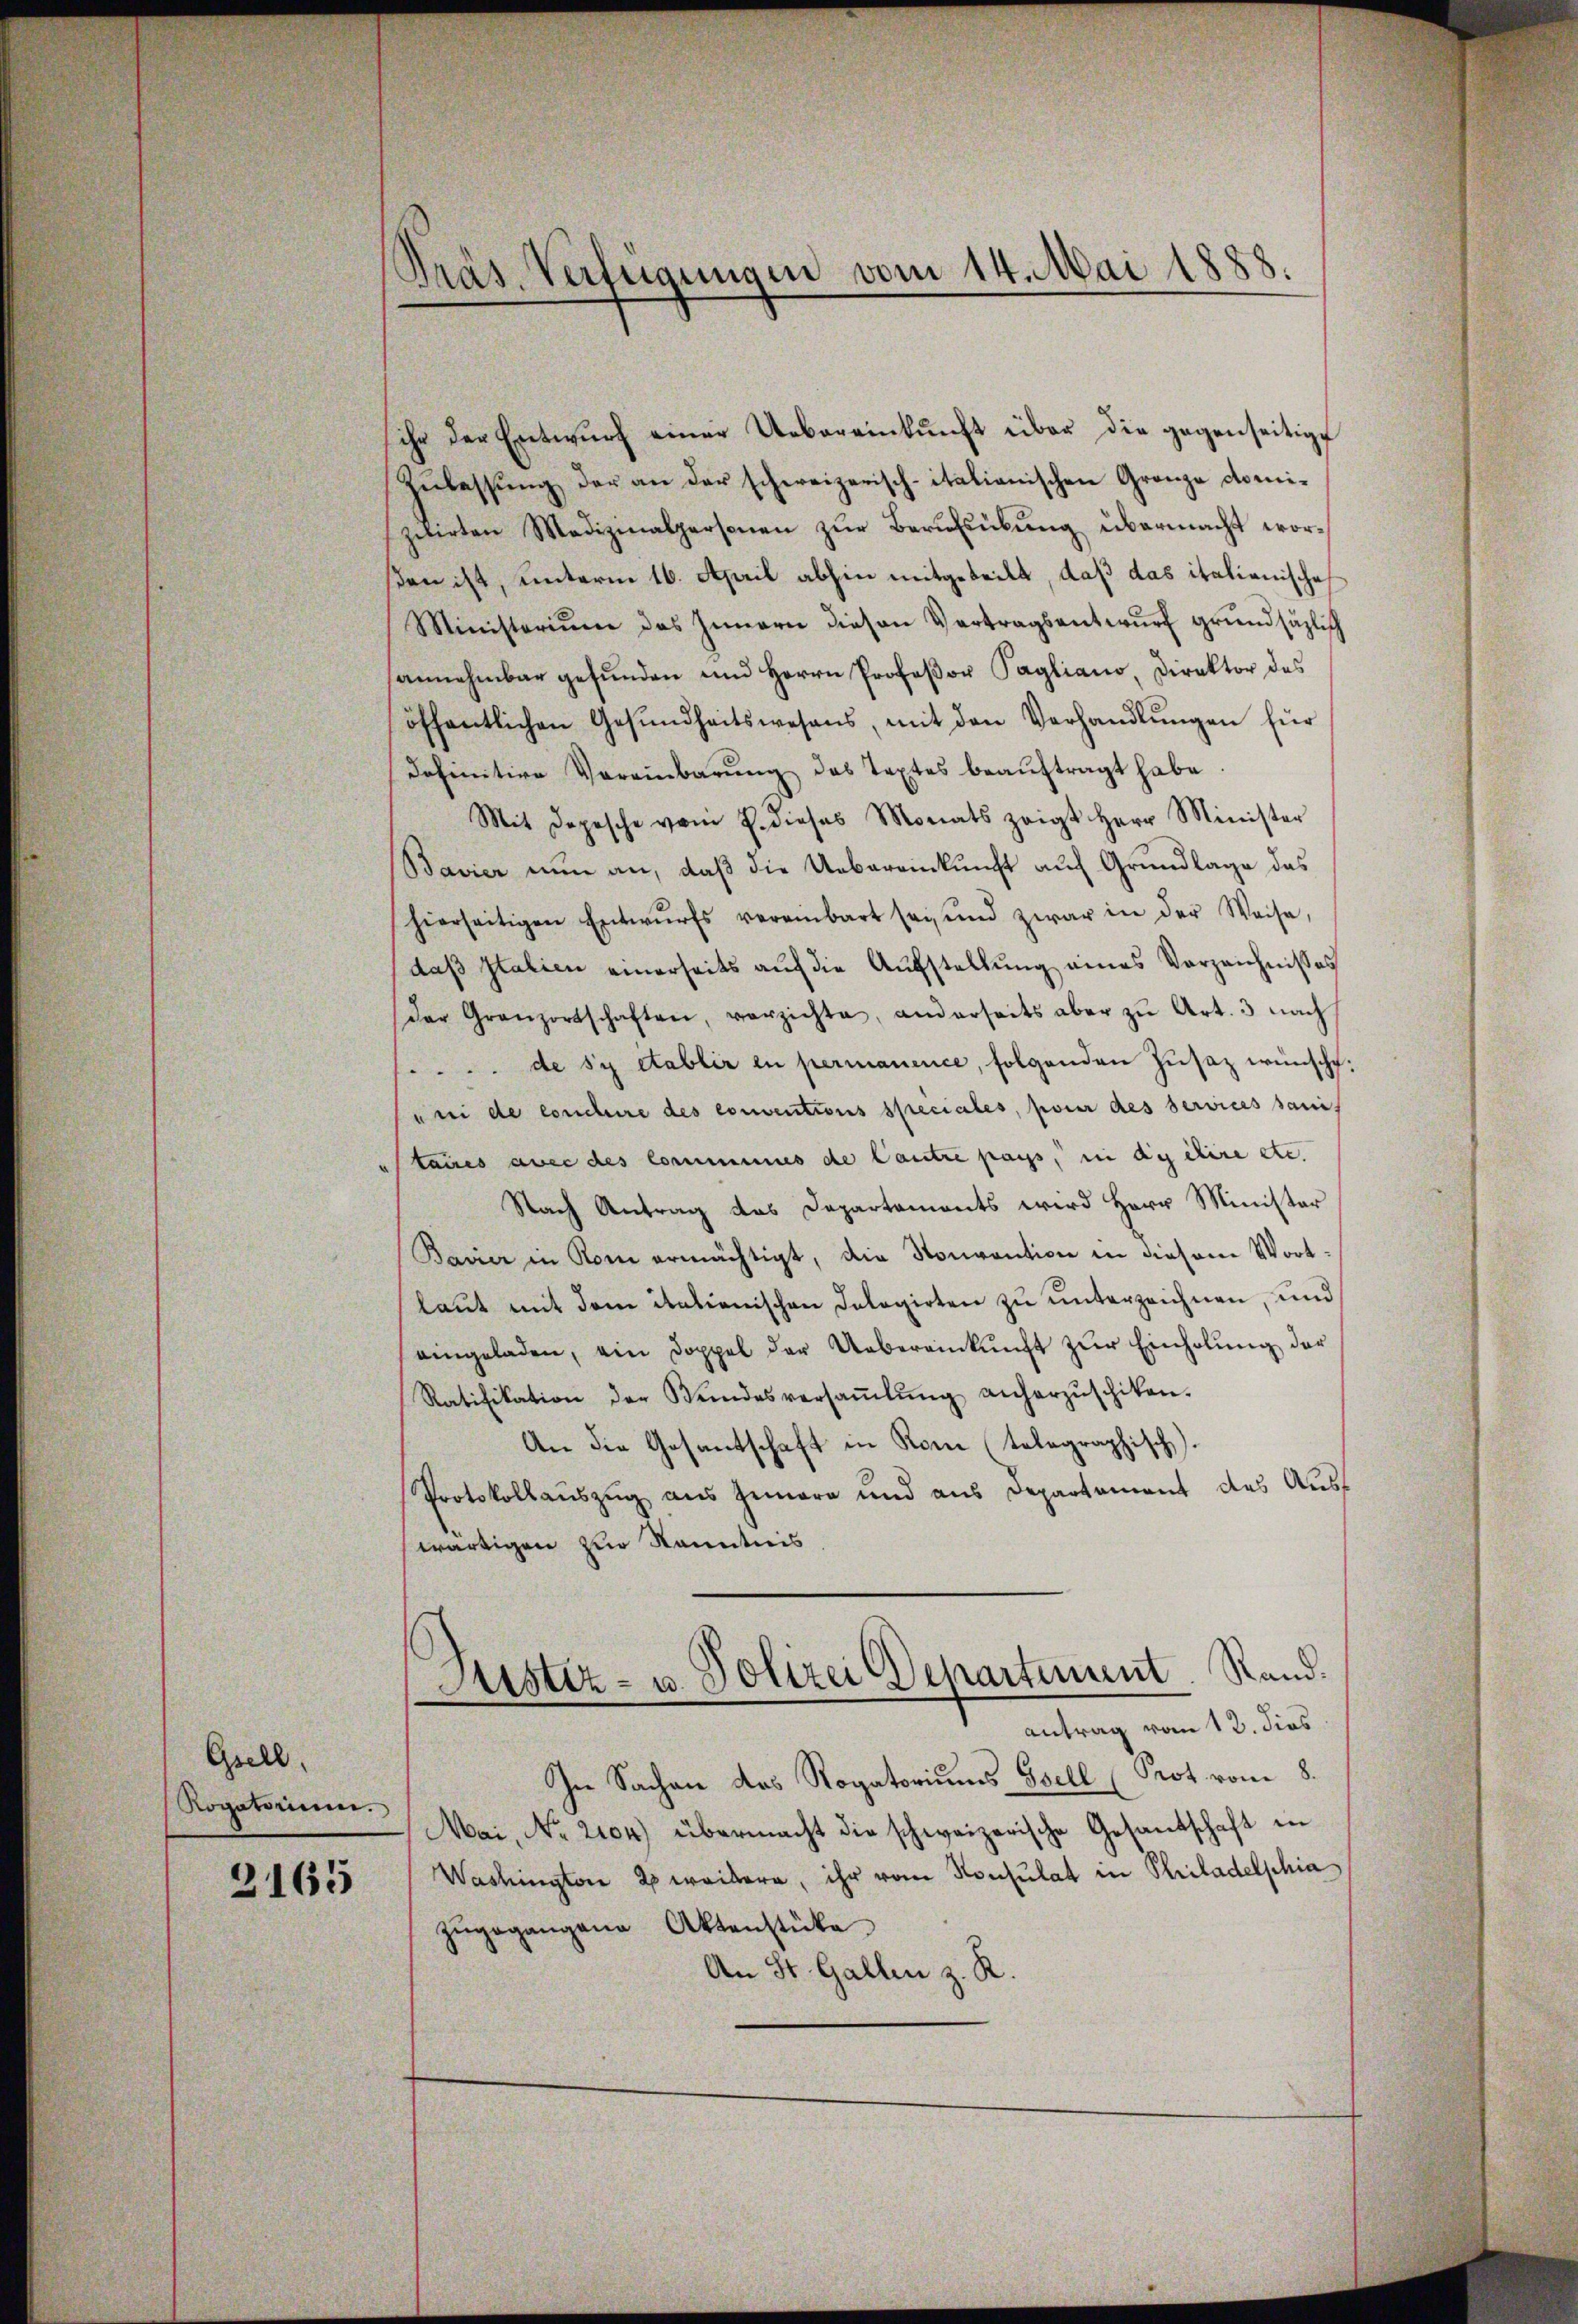
Grell.
Rogatorium.

2165

Präs. Verfügungen vom 14. Mai 1888.

ihr der Entwurf einer Uebereinkunft über die gegenseitigt
Zŭlassŭng der an der schweizerisch-italianischen Granza comi-
ziirten Medizinalpersonen zur Berufsübung übermacht worßen ist, unterm 16. April abhin mitgeteilt, daß das italienische
Ministerium das Innern diesen Vertragsentwŭrf grundsätzlich
sannehmbar gefŭnden und Herrn Professor Pagliano, Direktor des
öffentlichen Gesŭndheitswesens, mit den Verhandlŭngen für
definitive Vereinbarŭng des Textes beaŭftragt habe.
Mit Depesche vom 7. dieses Monats zeigt Herr Minister
Bavier nun an, daß die Uebereinkunft auf Grundlage das
hierseitigen Entwŭrfs vereinbart sei, und zwar in der Weise,
daβ Italien einerseits aŭf die Aŭfstellŭng eines Verzeichnisses
der Granzortschaften, verzichte, anderseits aber zŭ Art. 3 nach
de sy etablir in permanence, folgenden Zusaz wünscht.
uni de conclure des conventions speciales, pour des Services sanis
taues avec des Commines de Cautre pass, in die etire etc.
Nach Antrag das Departements wird Herr Minister
Bavier in Rom ermächtigt, die Konvention in diesem Wortlaŭt mit dem itationischen Delegirten zu unterzeichnen, und
eingeladen, ein Doppel der Uebereinkunft zur Einholung der
Ratifikation der Bundesversaṁlŭng anherzŭschiken.
An die Gesantschaft in Rom (tolographisch
Protokollauszug aus Gemare und aus Departement des Auswärtigen zur Kenntnis

Justiz- u. Polizei Departement. Rand.
antrag vom 12. dies

In Sachen des Rogatoriums Gsell (Prot vom 8.
Mai, No 2104) übermacht die schweizerische Gesandschaft in
Washington 2 weitern, ihr vom Konsulat in Philadelphia
zŭgegangene Aktenstüke
An St. Gallen z. R.